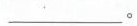
\underline。